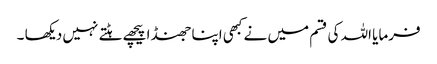
فرمایا اللہ کی قسم میں نے کبھی اپنا جھنڈا پیچھے ہٹتے نہیں دیکھا ۔